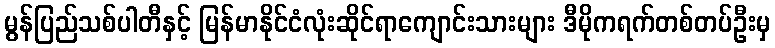
မွန်ပြည်သစ်ပါတီနှင့် မြန်မာနိုင်ငံလုံးဆိုင်ရာကျောင်းသားများ ဒီမိုကရက်တစ်တပ်ဦးမှ